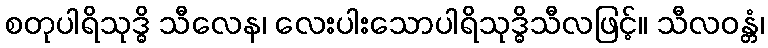
စတုပါရိသုဒ္ဓိ သီလေန၊ လေးပါးသောပါရိသုဒ္ဓိသီလဖြင့်။ သီလဝန္တံ၊